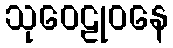
သုဝေဠုဝနေ